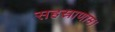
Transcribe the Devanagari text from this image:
सहस्राणाम।